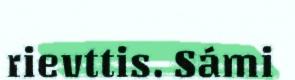
rievttis. Sámi